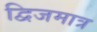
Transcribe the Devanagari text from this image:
द्विजमात्र